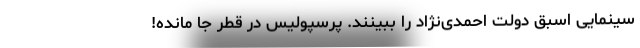
سینمایی اسبق دولت احمدی‌نژاد را ببینند. پرسپولیس در قطر جا مانده!